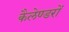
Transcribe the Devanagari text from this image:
कैलेण्डरों